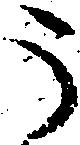
う